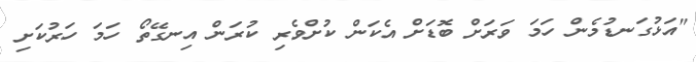
"އަޅުގަނޑުމެން ހަމަ ވަރަށް ބޮޑަށް އެކަން ކުށްވެރި ކުރަން އިނގޭތޯ ހަމަ ހަރުކަށި